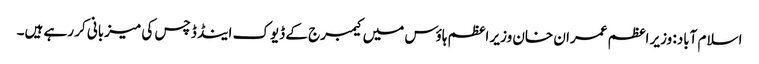
اسلام آباد: وزیر اعظم عمران خان وزیر اعظم ہاؤس میں کیمبرج کے ڈیوک اینڈ ڈچس کی میزبانی کر رہے ہیں۔